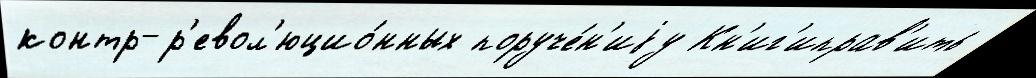
контр-р'евол'юцио́нных поруче́н'иjу Кн'иг'иправ'ить